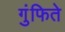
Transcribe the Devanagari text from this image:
गुंफिते